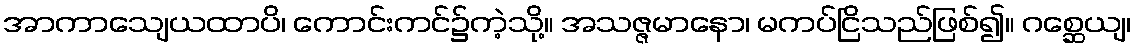
အာကာသျေယထာပိ၊ ကောင်းကင်၌ကဲ့သို့။ အသဇ္ဇမာနော၊ မကပ်ငြိသည်ဖြစ်၍။ ဂစ္ဆေယျ၊